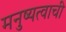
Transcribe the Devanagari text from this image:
मनुष्यत्वाची